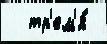
  тр'ем'я́